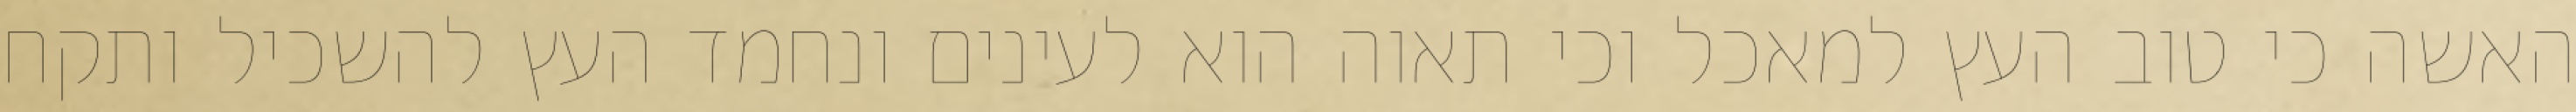
האשה כי טוב העץ למאכל וכי תאוה הוא לעינים ונחמד העץ להשכיל ותקח